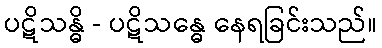
ပဋိသန္ဓိ - ပဋိသန္ဓေ နေရခြင်းသည်။